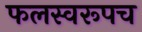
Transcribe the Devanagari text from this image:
फलस्वरूपच